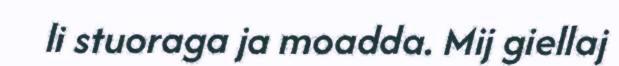
li stuoraga ja moadda. Mij giellaj